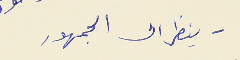
- ينظر الى الجمهور